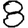
Digit: 8